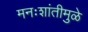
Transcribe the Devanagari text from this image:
मनःशांतीमुळे